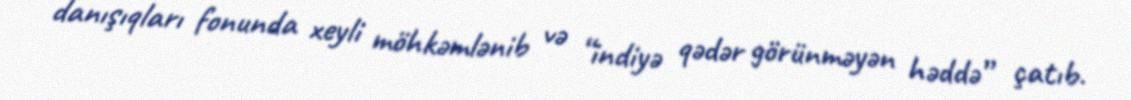
danışıqları fonunda xeyli möhkəmlənib və “indiyə qədər görünməyən həddə” çatıb.